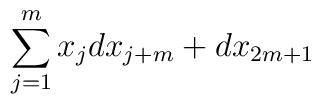
\sum_{j=1}^mx_jdx_{j+m}+dx_{2m+1}